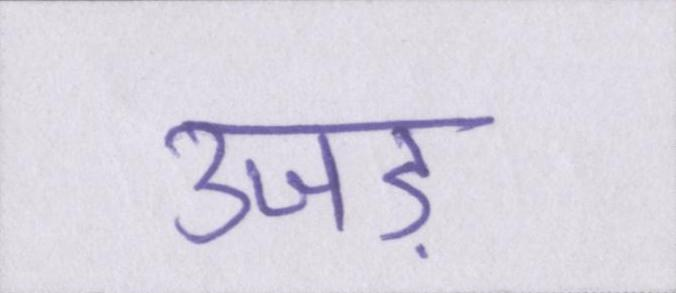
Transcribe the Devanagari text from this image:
उजड़